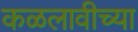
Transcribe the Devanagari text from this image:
कळलावीच्या